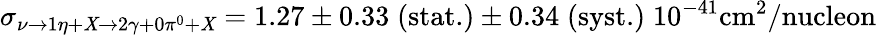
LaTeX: \sigma_{\nu\rightarrow1\eta+\mathit{X}\rightarrow2\gamma+0\pi^{0}+\mathit{X}}=1.27\pm0.33\; \textrm{{(stat.)}}\pm0.34\; \textrm{{(syst.)}}\; 10^{-41}\mathrm{{cm}}^{2}/\textrm{{nucleon}}